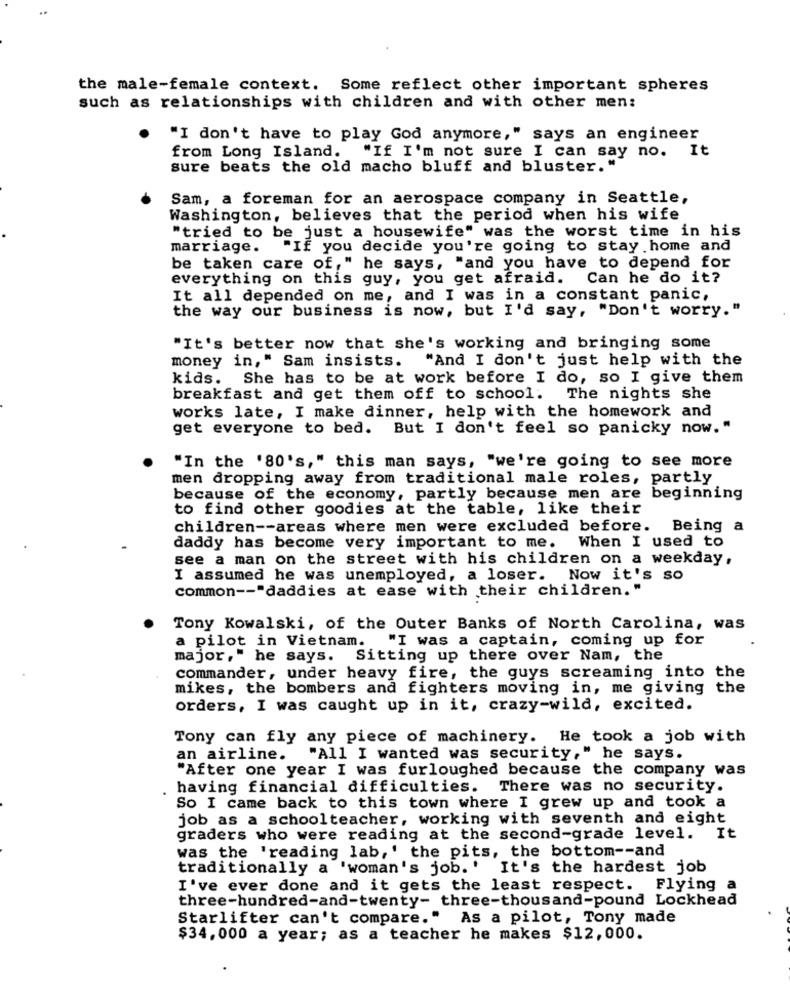
the male-female context. Some reflect other important spheres
such as relationships with children and with other men:
"I don't have to play God anymore," says an engineer
from Long Island. "If I'm not sure I can say no. It
sure beats the old macho bluff and bluster.'
Sam, a foreman for an aerospace company in Seattle,
Washington, believes that the period when his wife
"tried to be just a housewife" was the worst time in his
marriage.
"If you decide you're going to stay home and
be taken care of," he says, "and you have to depend for
everything on this guy, you get afraid.
Can he do it?
It all depended on me, and I was in a constant panic,
the way our business is now, but I'd say, "Don't worry."
"It's better now that she's working and bringing some
money in," Sam insists.
"And I don't just help with the
kids. She has to be at work before I do, so I give them
breakfast and get them off to school. The nights she
works late, I make dinner, help with the homework and
get everyone to bed. But I don't feel so panicky now."
"In the '80's," this man says, "we're going to see more
men dropping away from traditional male roles, partly
because of the economy, partly because men are
beginning
to find other goodies at the table, like their
children -- areas where men were excluded before.
Being a
When I used to
daddy has become very important to me.
see a man on the street with his children on a weekday,
I assumed he was unemployed, a loser. Now it's so
common -- "daddies at ease with their children."
Tony Kowalski, of the Outer Banks of North Carolina, was
a pilot in Vietnam. "I was a captain, coming up for
major," he says. Sitting up there over Nam, the
commander, under heavy fire, the guys screaming into the
mikes, the bombers and fighters moving in, me giving the
orders, I was caught up in it, crazy-wild, excited.
Tony can fly any piece of machinery. He took a job with
an airline.
"All I wanted was security," he says.
"After one year I was furloughed because the company was
having financial difficulties. There was no security.
So I came back to this town where I grew up and took a
job as a schoolteacher, working with seventh and eight
graders who were reading at the second-grade level. It
was the 'reading lab,' the pits, the bottom -- and
traditionally a 'woman's job.' It's the hardest job
I've ever done and it gets the least respect. Flying a
three-hundred-and-twenty- three-thousand-pound Lockhead
Starlifter can't compare."
As a pilot, Tony made
$34,000 a year; as a teacher he makes $12,000.